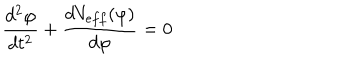
LaTeX: \frac { d ^ { 2 } \varphi } { d t ^ { 2 } } + \frac { d V _ { e f f } ( \varphi ) } { d \varphi } = 0